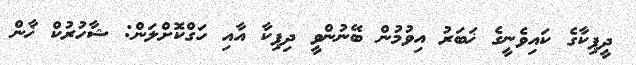
ދީޕިކާގެ ކައިވެނީގެ ޚަބަރު އިވުމުން ބޭނުންވީ ދިޕިކާ އާއި ހަގްކޮށްލަން: ޝާހުރުކް ޚާން